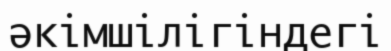
әкімшілігіндегі